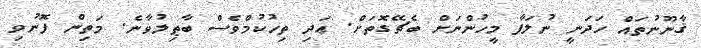
ޤާނޫނުތައް ހަދަނީ ނުލަފާ މީހުންނަށް ބެޗޭގޮތަށް. ޢަދި ތިހުކުމްވެސް ބާޠިލުވާނެ. މަތިން ފޮނުވި